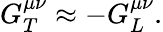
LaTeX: G_{T}^{\mu\nu}\approx-G_{L}^{\mu\nu}.